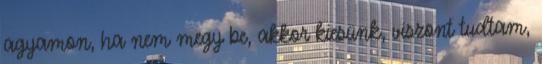
agyamon, ha nem megy be, akkor kiesünk, viszont tudtam,